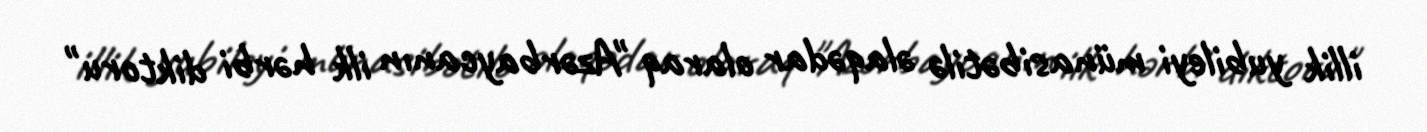
illik yubileyi münasibətilə əlaqədar olaraq "Azərbaycanın ilk hərbi diktoru"